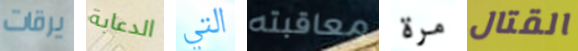
يرقات الدعابة التي معاقبته مرة القتال